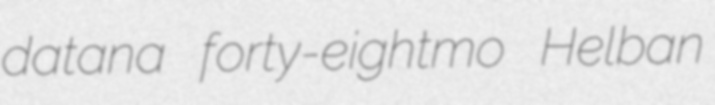
datana forty-eightmo Helban